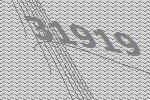
31919